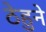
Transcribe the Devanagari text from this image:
ठेहुने